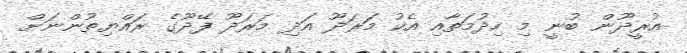
އުރީދޫން ބުނީ މި ހިދުމަތާއި އެކު މަރަދޫ އަދި މަރަދޫ ފޭދޫގެ ރައްޔިތުންނަށް